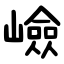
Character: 嶮